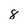
Character: 8